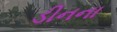
ડીનના